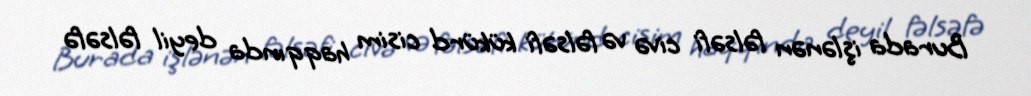
Burada işlənən fəlsəfi civə və fəlsəfi kükürd cisim haqqında deyil fəlsəfə